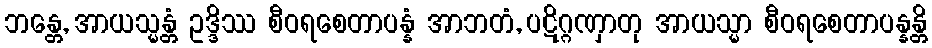
ဘန္တေ, အာယသ္မန္တံ ဥဒ္ဒိဿ စီဝရစေတာပန္နံ အာဘတံ, ပဋိဂ္ဂဏှာတု အာယသ္မာ စီဝရစေတာပန္နန္တိ